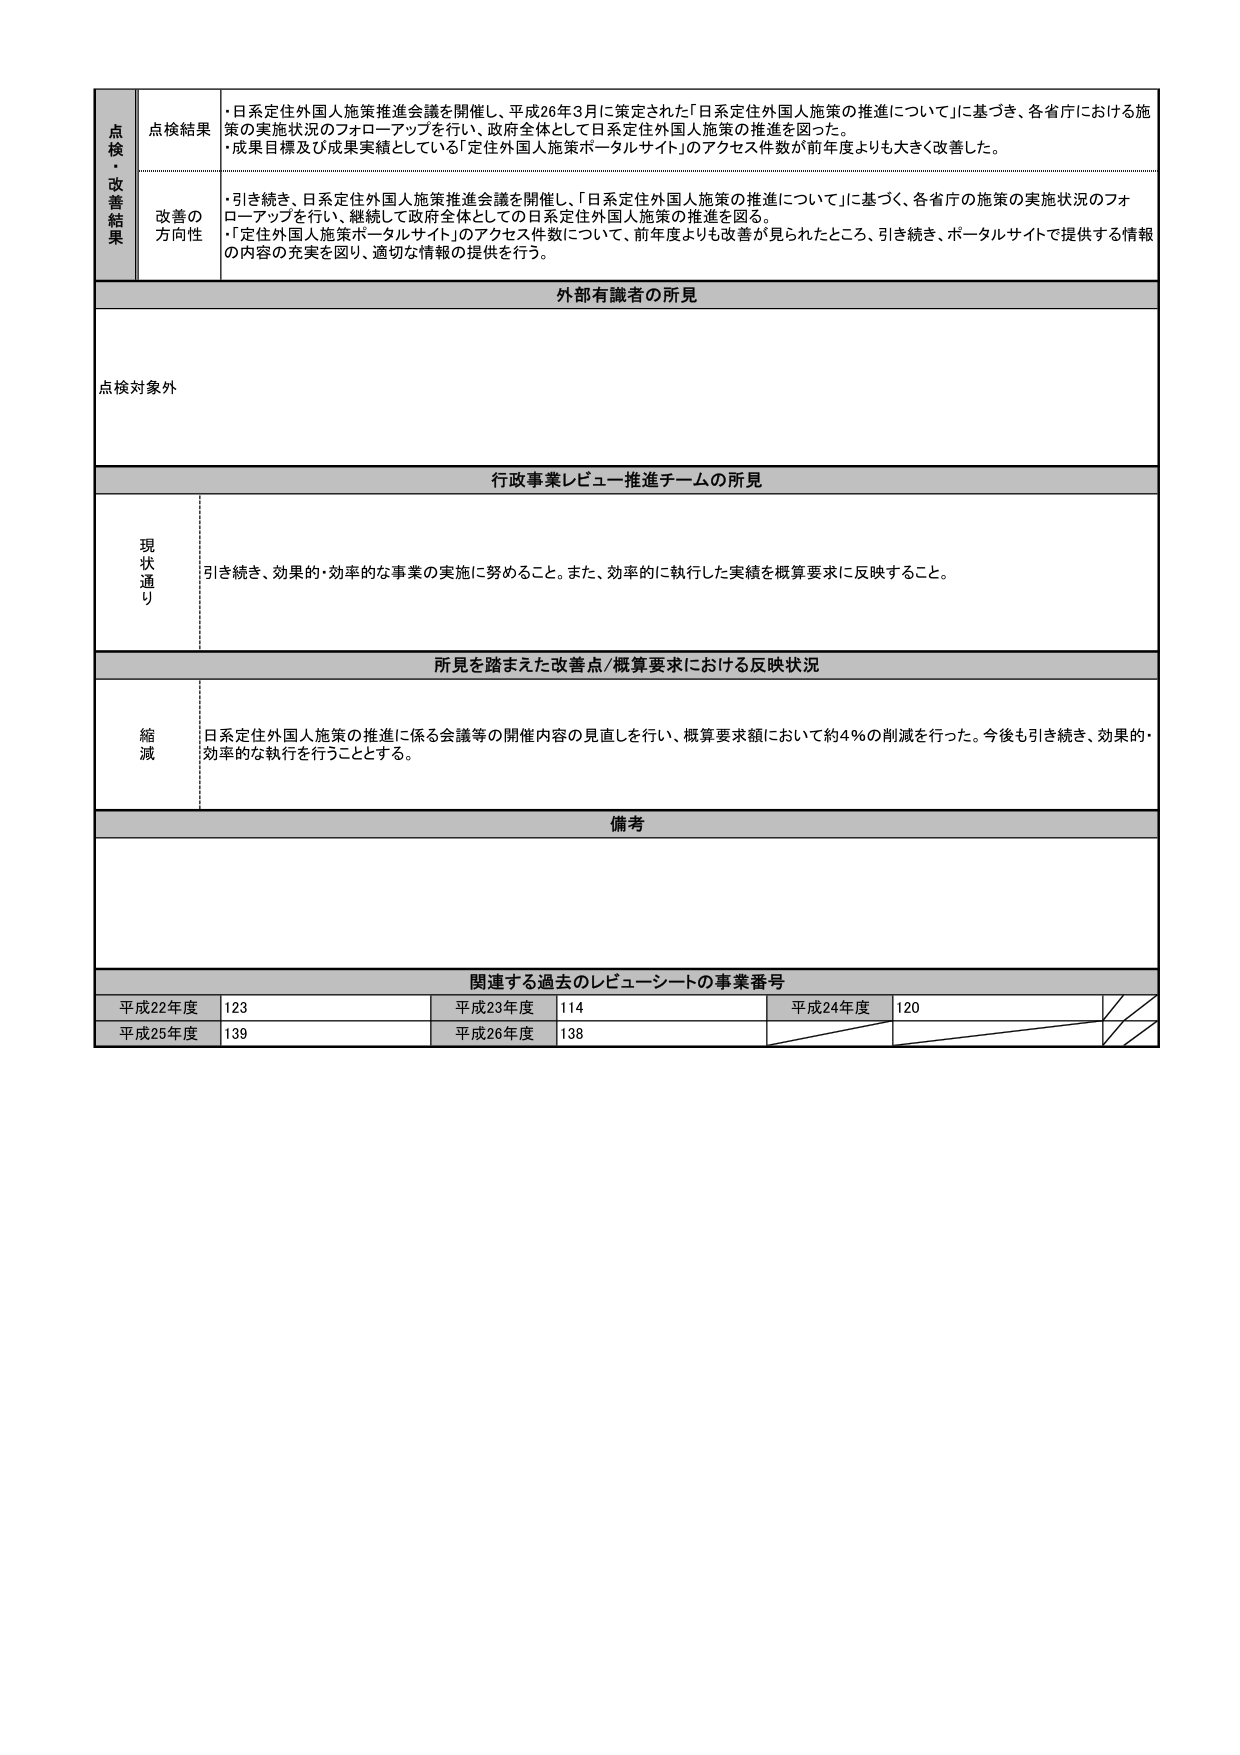
点検・改善結果
点検結果
・日系定住外国人施策推進会議を開催し、平成26年3月に策定された「日系定住外国人施策の推進について」に基づき、各省庁における施策の実施状況のフォローアップを行い、政府全体として日系定住外国人施策の推進を図った。
・成果目標及び成果実績としている「定住外国人施策ポータルサイト」のアクセス件数が前年度よりも大きく改善した。

改善の方向性
・引き続き、日系定住外国人施策推進会議を開催し、「日系定住外国人施策の推進について」に基づく、各省庁の施策の実施状況のフォローアップを行い、継続して政府全体としての日系定住外国人施策の推進を図る。
・「定住外国人施策ポータルサイト」のアクセス件数について、前年度よりも改善が見られたところ、引き続き、ポータルサイトで提供する情報の内容の充実を図り、適切な情報の提供を行う。

外部有識者の所見
点検対象外

行政事業レビュー推進チームの所見
現状通り
引き続き、効果的・効率的な事業の実施に努めること。また、効率的に執行した実績を概算要求に反映すること。

所見を踏まえた改善点/概算要求における反映状況
縮減
日系定住外国人施策の推進に係る会議等の開催内容の見直しを行い、概算要求額において約4％の削減を行った。今後も引き続き、効果的・効率的な執行を行うこととする。

備考

関連する過去のレビューシートの事業番号
平成22年度　123
平成23年度　114
平成24年度　120
平成25年度　139
平成26年度　138